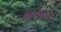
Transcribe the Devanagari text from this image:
आर्मरेस्त